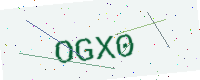
Text: OGX0